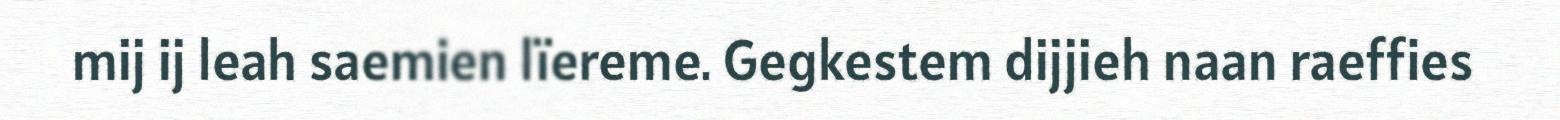
mij ij leah saemien lïereme. Gegkestem dijjieh naan raeffies